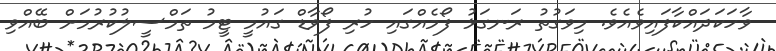
ވާހަކަދައްކާފައިވެއެވެ. މިވަގުތު ރަނގަޅު ފޯމެއްގައި ހުރި ފޯވާޑް ގައުމީ ޓީމު ތަމްސީލުކުރުމަށް ބޭއްވި